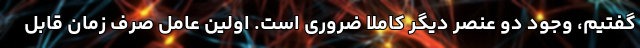
گفتیم، وجود دو عنصر دیگر کاملا ضروری است. اولین عامل صرف زمان قابل